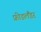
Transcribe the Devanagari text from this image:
फ्रीडलैंडर